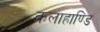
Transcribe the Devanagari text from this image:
कलाहाण्डि